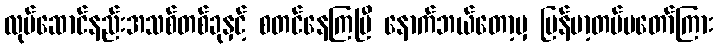
လုပ်ဆောင်နည်းအသစ်တစ်ခုနှင့် စတင်နေကြပြီ နောက်ဘယ်တော့မှ မြန်မာ့တပ်မတော်ကြား